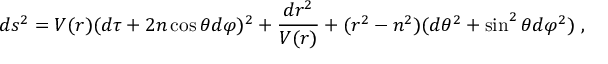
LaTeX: d s ^ { 2 } = V ( r ) ( d \tau + 2 n \cos \theta d \varphi ) ^ { 2 } + { \frac { d r ^ { 2 } } { V ( r ) } } + ( r ^ { 2 } - n ^ { 2 } ) ( d \theta ^ { 2 } + \sin ^ { 2 } \theta d \varphi ^ { 2 } ) \ ,